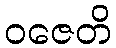
ဝဇေတိ